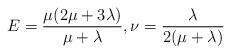
LaTeX: \begin{align*} E=\frac{\mu(2\mu+3\lambda)}{\mu+\lambda}, \nu=\frac{\lambda}{2(\mu+\lambda)}\end{align*}